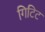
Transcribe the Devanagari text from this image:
गिटिट